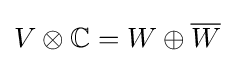
V\otimes \mathbb {C} =W\oplus {\overline {W}}